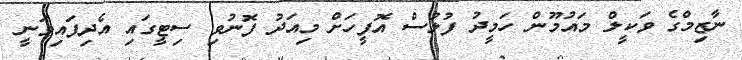
ނާޒިމްގެ ވަކީލް މައުމޫން ހަމީދު ފުލުސް އޮފީހަށް މިއަދު ފޮނުވި ސިޓީގައި އެދިފައިވަނީ